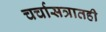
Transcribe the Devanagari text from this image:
चर्चासत्रातही